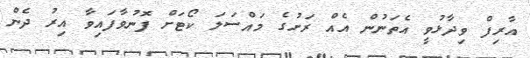
އާރިފް ވިދާޅުވީ އެތަނުން އެއް ރަށުގެ މައްސަލަ ކޯޓަށް ފޮނުވާފައިވާ އިރު ދެން